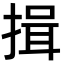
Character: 揖